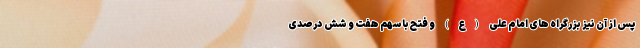
پس از آن نیز بزرگراه های امام علی (ع) و فتح با سهم هفت و شش درصدی